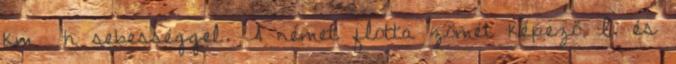
km h sebességgel. A német flotta zömét képező I. és